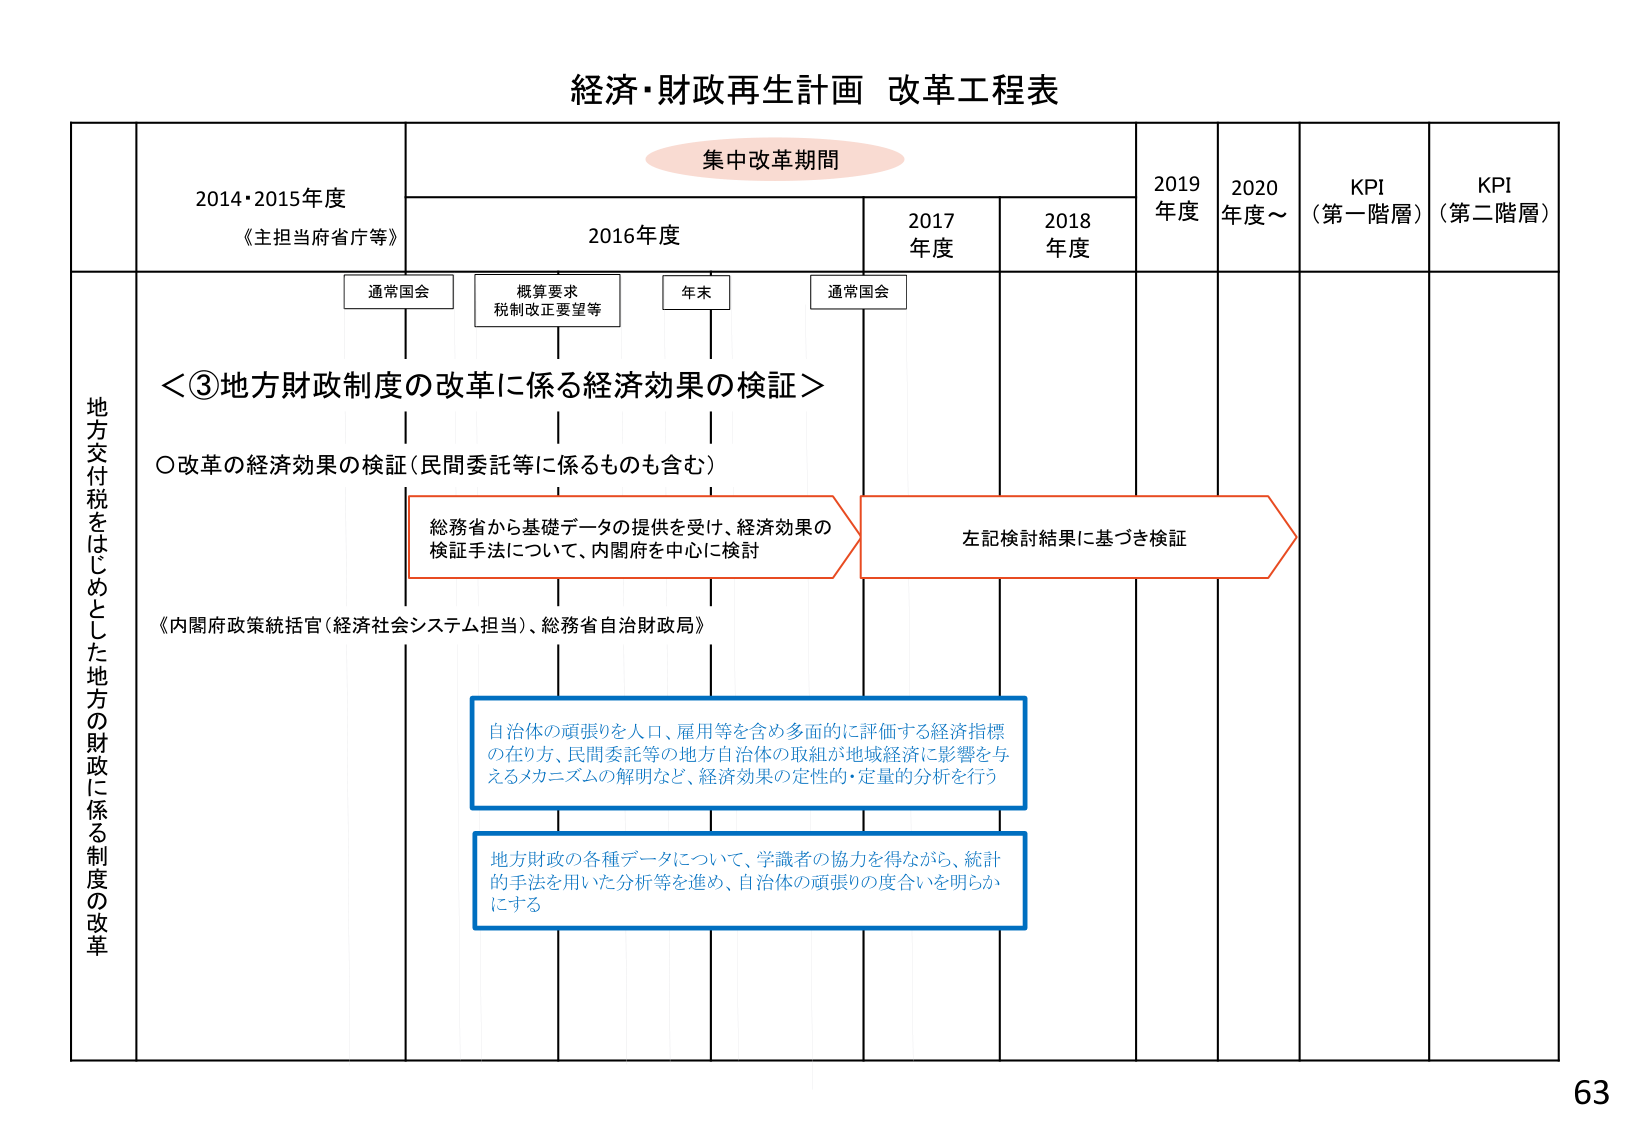
経済・財政再生計画 改革工程表

集中改革期間

2014・2015年度
《主担当府省庁等》

2016年度

2017年度

2018年度

2019年度

2020年度～

KPI
（第一階層）

KPI
（第二階層）

通常国会

概算要求
税制改正要望等

年末

通常国会

地方交付税をはじめとした地方の財政に係る制度の改革

＜③地方財政制度の改革に係る経済効果の検証＞

○改革の経済効果の検証（民間委託等に係るものも含む）

総務省から基礎データの提供を受け、経済効果の
検証手法について、内閣府を中心に検討

左記検討結果に基づき検証

《内閣府政策統括官（経済社会システム担当）、総務省自治財政局》

自治体の頑張りを人口、雇用等を含め多面的に評価する経済指標
の在り方、民間委託等の地方自治体の取組が地域経済に影響を与
えるメカニズムの解明など、経済効果の定性的・定量的分析を行う

地方財政の各種データについて、学識者の協力を得ながら、統計
的手法を用いた分析等を進め、自治体の頑張りの度合いを明らか
にする

63